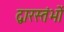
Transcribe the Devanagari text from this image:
द्वारस्तंभों